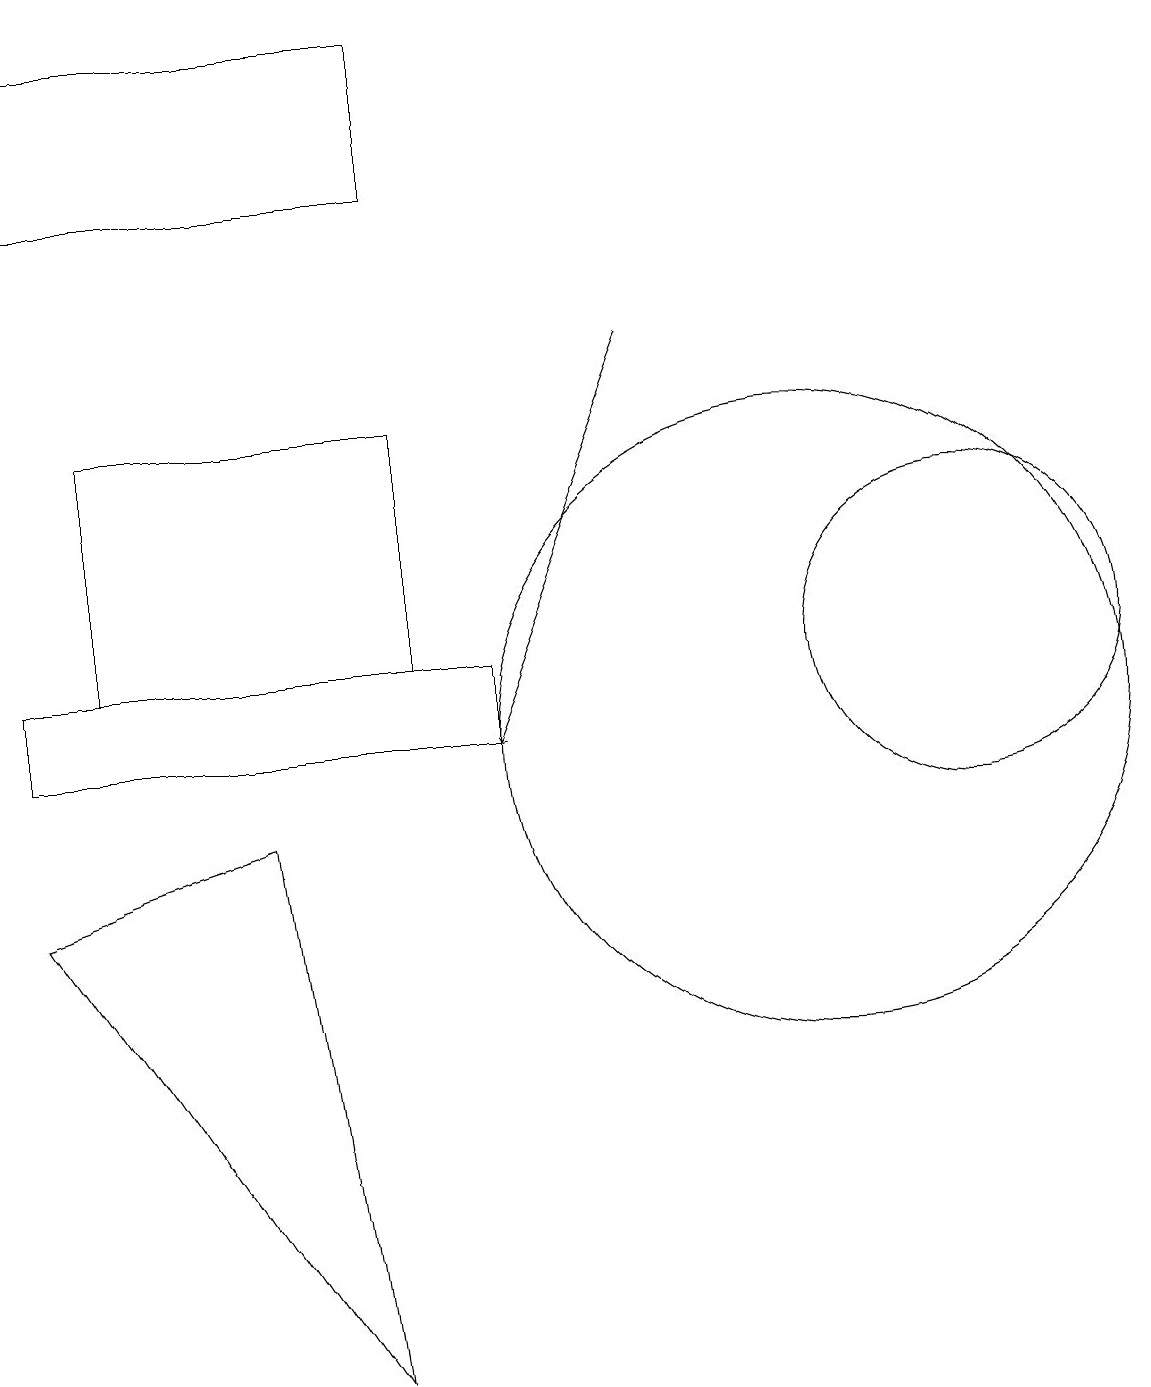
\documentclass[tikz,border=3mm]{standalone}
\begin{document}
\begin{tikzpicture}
\draw[->] (8,15) -- (6,10);
\draw (1,14) rectangle (5,11);
\draw (5,19) rectangle (0,17);
\draw (4,2) -- (0,8) -- (3,9) -- cycle;
\draw (10,10) circle (4);
\draw (12,11) circle (2);
\draw (0,10) rectangle (6,11);
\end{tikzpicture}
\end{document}